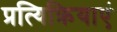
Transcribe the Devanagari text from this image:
प्रत्यिक्रियाएं